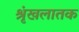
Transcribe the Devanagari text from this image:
श्रृंखलातक